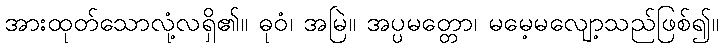
အားထုတ်သောလုံ့လရှိ၏။ ဓုဝံ၊ အမြဲ။ အပ္ပမတ္တော၊ မမေ့မလျော့သည်ဖြစ်၍။